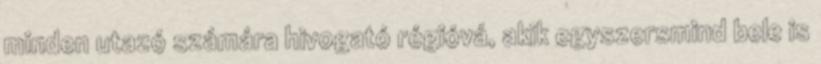
minden utazó számára hivogató régióvá, akik egyszersmind bele is